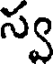
స్వ